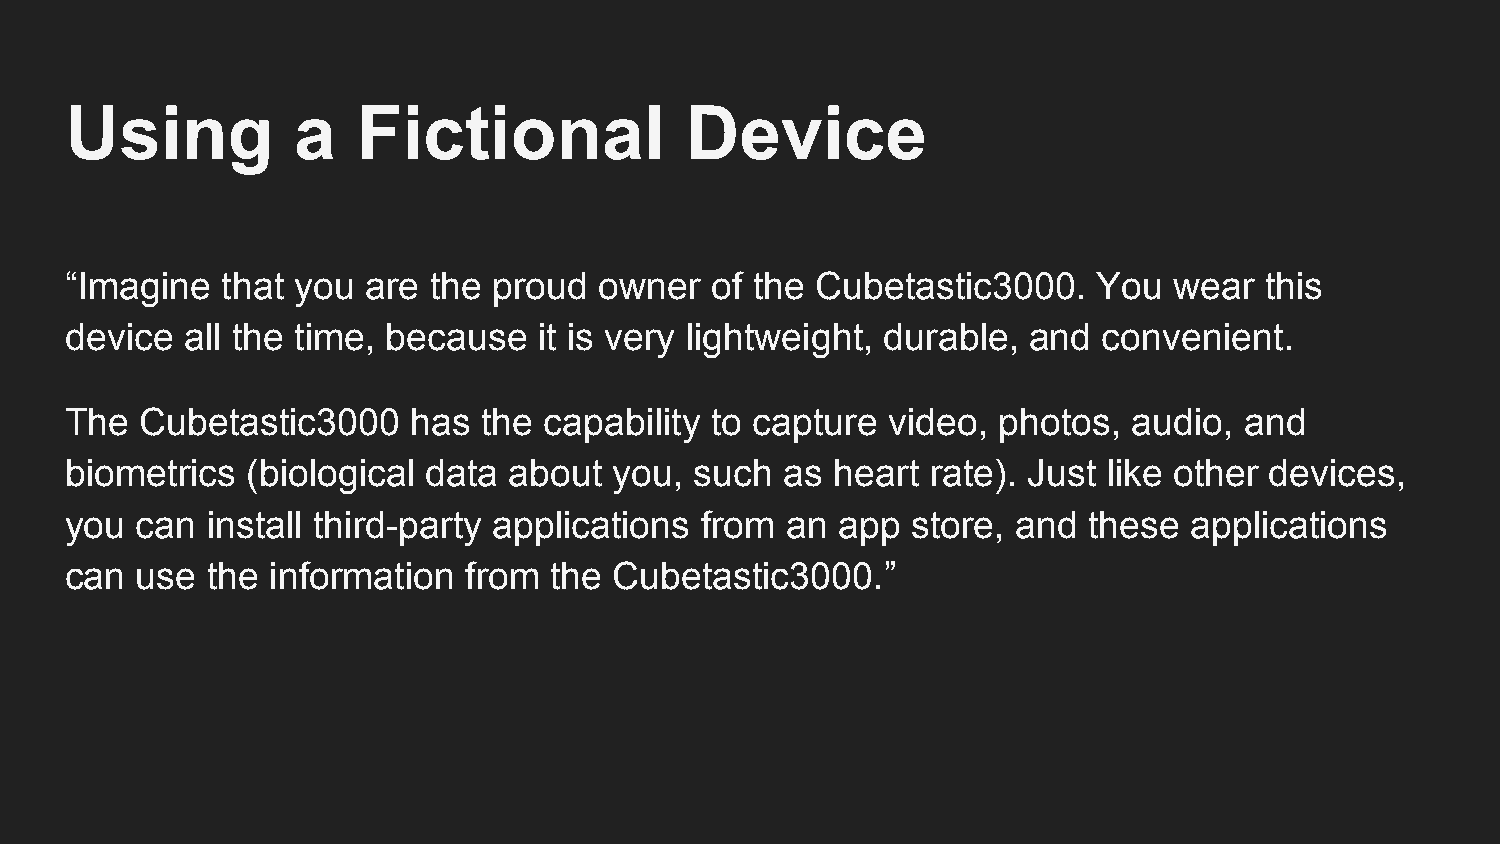
Using          a    Fictional            Device
 “Imagine   that you are the  proud  owner  of the Cubetastic3000.    You  wear  this
 device  all the time, because   it is very lightweight, durable, and convenient.
 The  Cubetastic3000    has  the capability to capture  video, photos,  audio, and
 biometrics  (biological data  about  you, such  as heart  rate). Just like other devices,
 you  can  install third-party applications from an app  store, and  these  applications
 can  use  the information  from the  Cubetastic3000.”